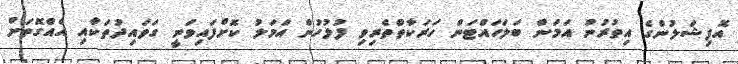
އޮފިޝަލުންގެ އިތުރުން އަމަން ބަލަހައްޓަން ހަރަކާތްތެރިވި ފުލުހުން އަމަލު ކޮށްފައިވަނީ ގަވައިދުތަކާއި އެއްގޮތަށް